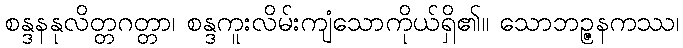
စန္ဒနနုလိတ္တဂတ္တာ၊ စန္ဒကူးလိမ်းကျံသောကိုယ်ရှိ၏။ သောဘဉ္ဇနကဿ၊